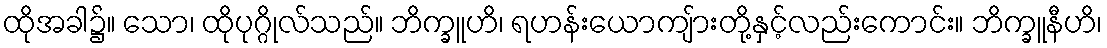
ထိုအခါ၌။ သော၊ ထိုပုဂ္ဂိုလ်သည်။ ဘိက္ခူဟိ၊ ရဟန်းယောကျ်ားတို့နှင့်လည်းကောင်း။ ဘိက္ခူနီဟိ၊